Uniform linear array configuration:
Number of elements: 4
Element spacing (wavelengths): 0.75
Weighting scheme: hann
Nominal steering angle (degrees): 0
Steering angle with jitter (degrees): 0.6459
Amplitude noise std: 0.05
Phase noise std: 0.05

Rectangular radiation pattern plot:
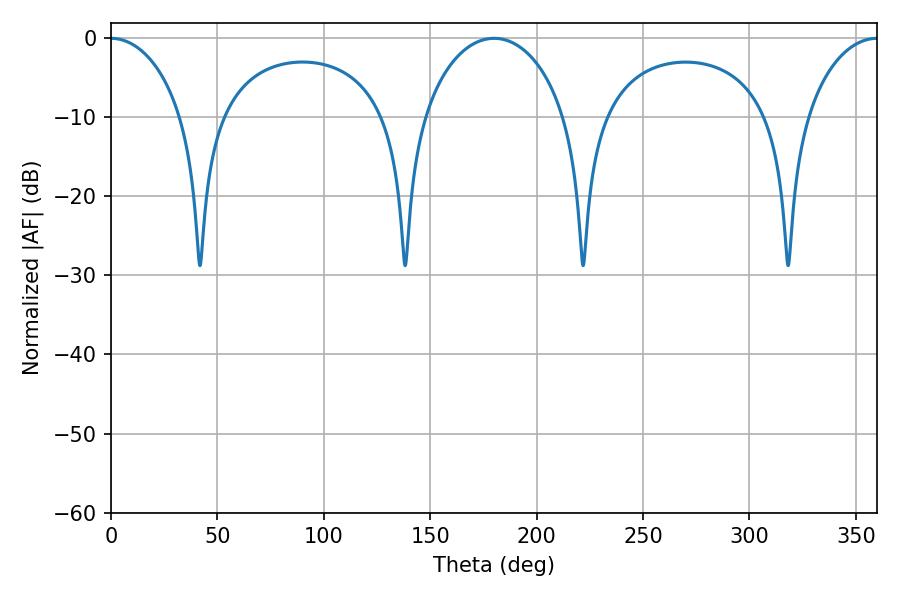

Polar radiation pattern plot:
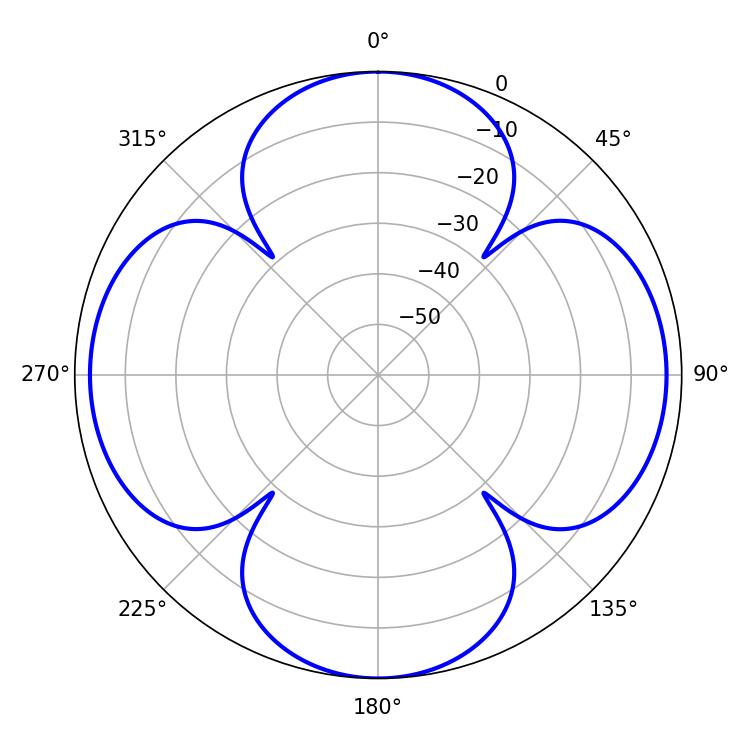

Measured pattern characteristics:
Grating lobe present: TRUE
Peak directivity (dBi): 32.706
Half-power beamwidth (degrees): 19.44
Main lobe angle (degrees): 0